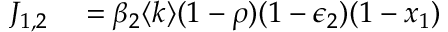
\begin{array} { r l } { J _ { 1 , 2 } } & { { } = \beta _ { 2 } \langle k \rangle ( 1 - \rho ) ( 1 - \epsilon _ { 2 } ) ( 1 - x _ { 1 } ) } \end{array}